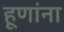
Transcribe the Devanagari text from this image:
हूणांना